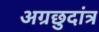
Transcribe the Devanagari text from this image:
अग्रछुदांत्र